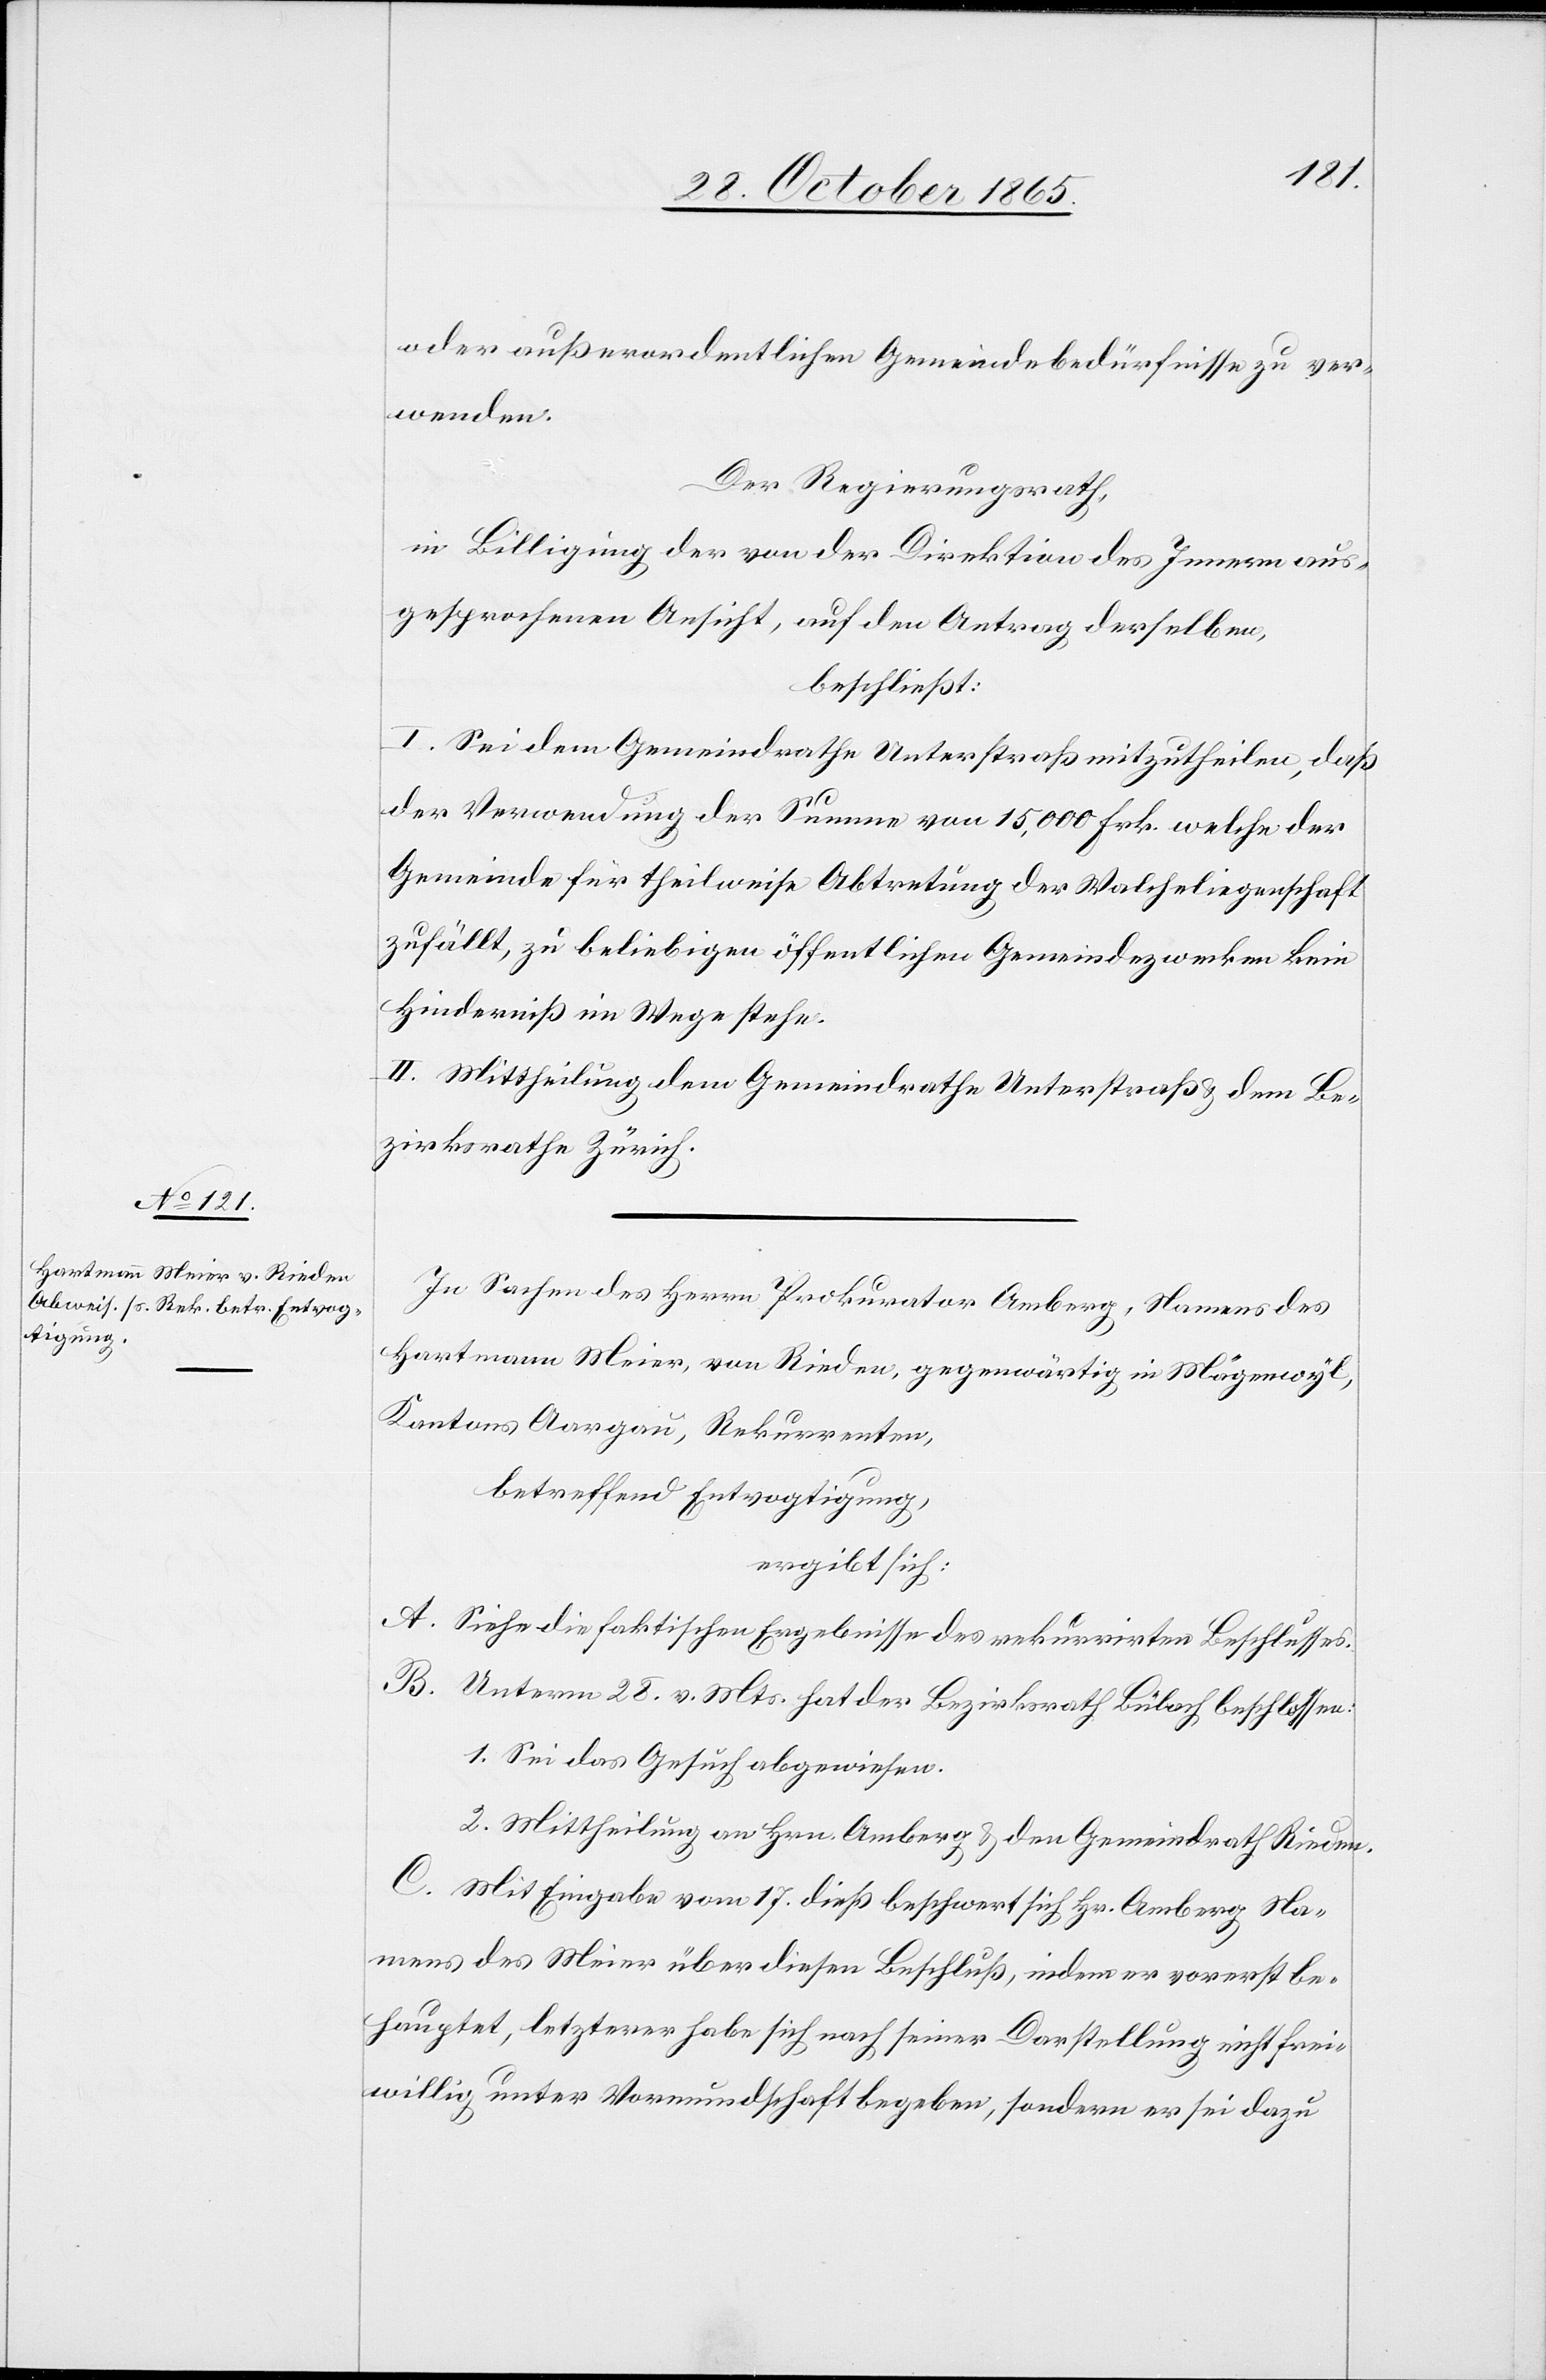
oder außerordentlichen Gemeindebedürfnisse zu ver¬
wenden.
Der Regierungsrath,
in Billigung der von der Direktion des Innern aus¬
gesprochenen Ansicht, auf den Antrag derselben,
beschließt:
I. Sei dem Gemeindrathe Unterstraß mitzutheilen, daß
der Verwendung der Summe von 15,000 Frk. welche der
Gemeinde für theilweise Abtretung der Walcheliegenschaft
zufällt, zu beliebigen öffentlichen Gemeindezwecken kein
Hinderniß im Wege stehe.
II. Mittheilung dem Gemeindrathe Unterstraß & dem Be¬
zirksrathe Zürich.
In Sachen des Herrn Prokurator Amberg, Namens des
Hartmann Meier, von Rieden, gegenwärtig in Mägenwyl,
Kantons Aargau, Rekurrenten,
betreffend Entvogtigung,
ergibt sich:
A. Siehe die faktischen Ergebnisse des rekurrirten Beschlusses.
B. Unterm 28. v. Mts. hat der Bezirksrath Bülach beschlossen:
1. Sei das Gesuch abgewiesen.
2. Mittheilung an Hrn. Amberg & den Gemeindrath Rieden.
C. Mit Eingabe vom 17. dieß beschwert sich Hr. Amberg Na¬
mens des Meier über diesen Beschluß, indem er vorerst be¬
hauptet, letzterer habe sich nach seiner Darstellung nicht frei¬
willig unter Vormundschaft begeben, sondern er sei dazu